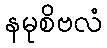
နမုစိဗလံ